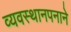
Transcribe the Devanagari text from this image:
व्यवस्थानपनाने